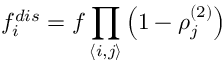
f _ { i } ^ { d i s } = f \prod _ { \left\langle i , j \right\rangle } \left( 1 - \rho _ { j } ^ { \left( 2 \right) } \right)